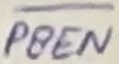
Text: PSEN